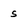
Character: s